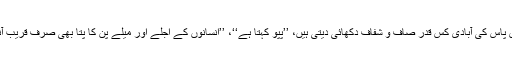
اتنی اونچائی سے آس پاس کی آبادی کس قدر صاف و شفاف دکھائی دیتی ہیں، ’’پپو کہتا ہے‘‘، ’’انسانوں کے اجلے اور میلے پن کا پتا بھی صرف قریب آنے سے ہی چلتا ہے۔